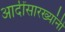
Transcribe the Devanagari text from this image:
आदींसारख्यांनी